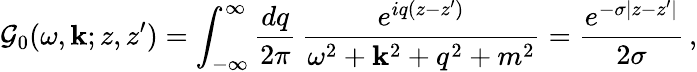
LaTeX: {\cal G}_{0}(\omega,{\mathbf k};z,z^{\prime})=\int_{-\infty}^{\infty}\frac{dq}{2\pi}\, \frac{e^{iq(z-z^{\prime})}}{\omega^{2}+{\mathbf k}^{2}+q^{2}+m^{2}}=\frac{e^{-\sigma|z-z^{\prime}|}}{2\sigma}\, ,